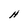
Character: H